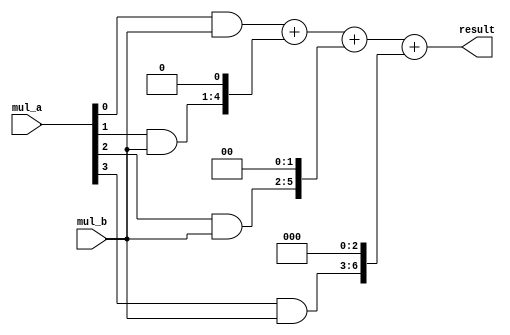
module Radix4_Multiplier(
    input [3:0] mul_a,
    input [3:0] mul_b,
    output reg [7:0] result
);

// Partial product blocks
reg [7:0] pp0, pp1, pp2, pp3;

// Generate partial products
always @*
begin
    pp0 = mul_a[0] & mul_b;
    pp1 = mul_a[1] & mul_b;
    pp2 = mul_a[2] & mul_b;
    pp3 = mul_a[3] & mul_b;
end

// Ripple carry adder
always @*
begin
    result = pp0 + (pp1 << 1) + (pp2 << 2) + (pp3 << 3);
end

endmodule